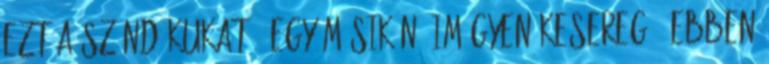
ezt a szándékukat.“ Egy másik nő imígyen kesereg: „Ebben